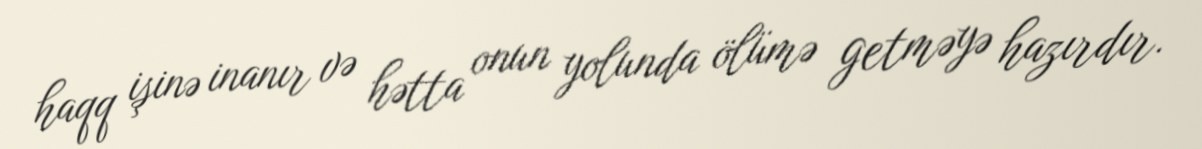
haqq işinə inanır və hətta onun yolunda ölümə getməyə hazırdır.